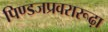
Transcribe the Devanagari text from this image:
पिण्डजप्रवरारूढ़ा